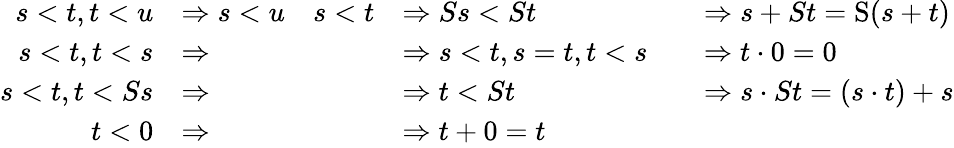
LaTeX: \begin{array}{rlrlrl}{s<t,t<u}&{\Rightarrow s<u}&{s<t}&{\Rightarrow Ss<St}&&{\Rightarrow s+St=\mathrm{S}(s+t)}\\ {s<t,t<s}&{\Rightarrow}&&{\Rightarrow s<t,s=t,t<s}&&{\Rightarrow t\cdot 0=0}\\ {s<t,t<Ss}&{\Rightarrow}&&{\Rightarrow t<St}&&{\Rightarrow s\cdot St=(s\cdot t)+s}\\ {t<0}&{\Rightarrow}&&{\Rightarrow t+0=t}\end{array}